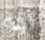
انه